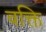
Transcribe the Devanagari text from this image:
वक्ति